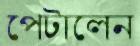
পেটালেন